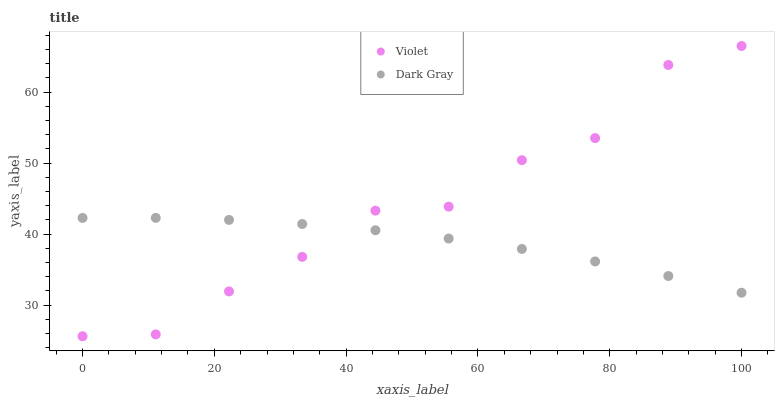
| xaxis_label | Violet | Dark Gray |
 | --- | --- | --- |
 | 0 | 25.6 | 42.3 |
 | 11.1 | 25.9 | 42.3 |
 | 22.2 | 31.9 | 42 |
 | 33.3 | 36.8 | 41.4 |
 | 44.4 | 43.3 | 40.5 |
 | 55.6 | 43.9 | 39.4 |
 | 66.7 | 50.4 | 37.9 |
 | 77.8 | 53.5 | 36.1 |
 | 88.9 | 63.8 | 34.1 |
 | 100 | 66.5 | 31.7 |